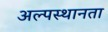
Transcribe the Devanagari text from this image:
अल्पस्थानता